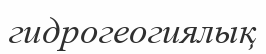
гидрогеогиялық